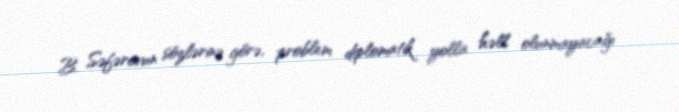
B. Səfərovun sözlərinə görə, problem diplomatik yolla həll olunmayacağı